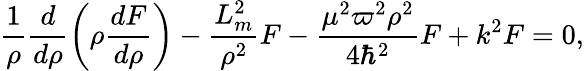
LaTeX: \frac{1}{\rho}\frac{d}{d\rho}\left(\rho\frac{dF}{d\rho}\right)-\frac{L_{m}^{2}}{\rho^{2}}F-\frac{\mu^{2}\varpi^{2}\rho^{2}}{4\hbar^{2}}F+k^{2}F=0,